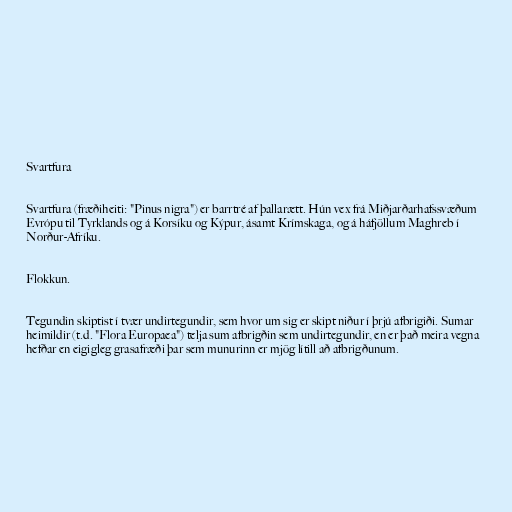
Svartfura

Svartfura (fræðiheiti: "Pinus nigra") er barrtré af þallarætt. Hún vex frá Miðjarðarhafssvæðum
Evrópu til Tyrklands og á Korsíku og Kýpur, ásamt Krímskaga, og á háfjöllum Maghreb í
Norður-Afríku.

Flokkun.

Tegundin skiptist í tvær undirtegundir, sem hvor um sig er skipt niður í þrjú afbrigiði. Sumar
heimildir (t.d. "Flora Europaea") telja sum afbrigðin sem undirtegundir, en er það meira vegna
hefðar en eigigleg grasafræði þar sem munurinn er mjög lítill að afbrigðunum.